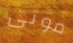
موتى